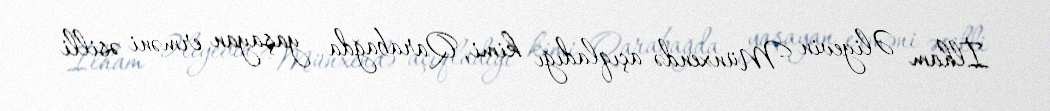
İlham Əliyevin Münxendə açıqladığı kimi, Qarabağda yaşayan erməni əsilli